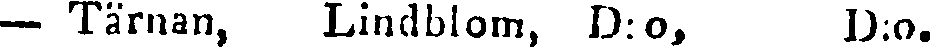
— Tärnan, Lindblom, D:o, D:o.